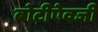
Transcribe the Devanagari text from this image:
बोटीऐवजी